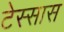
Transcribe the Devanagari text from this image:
टेस्सास